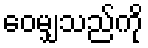
ဝေမျှသည်ကို